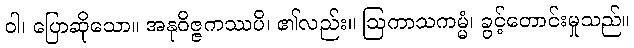
ဝါ၊ ပြောဆိုသော။ အနုဝိဇ္ဇကဿပိ၊ ၏လည်း။ ဩကာသကမ္မံ၊ ခွင့်တောင်းမှုသည်။